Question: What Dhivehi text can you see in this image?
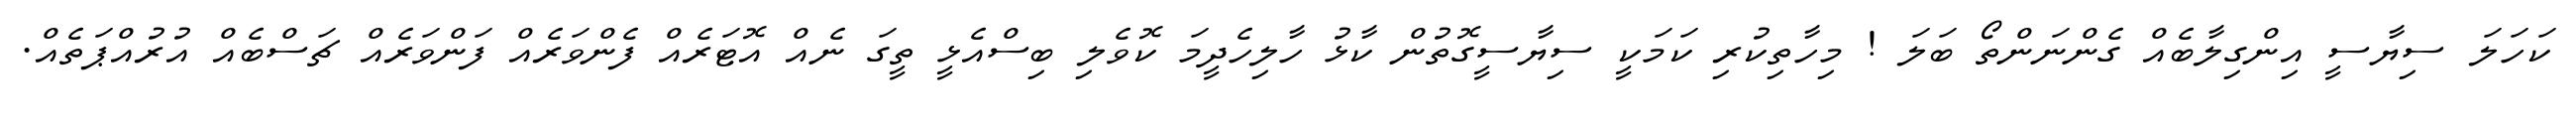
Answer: ކަހަލަ ސިޔާސީ އިންގިލާބެއް ގެންނަންތޯ ބަލަ ! މިހާތިކުރި ކަމަކީ ސިޔާސީގޮތުން ކާޅު ހާލިހެދީމަ ކޮވެލި ބިސްއެޅީ ތީގަ ނެއް އޮޓަރެއް ފެންވަރެއް ފަންވަރެއް ޗަސްބެއް އުރުއްޕަތެއް.